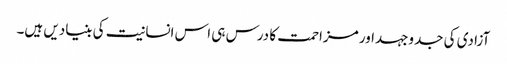
آزادی کی جدوجہداور مزاحمت کا درس ہی اس انسانیت کی بنیادیں ہیں۔